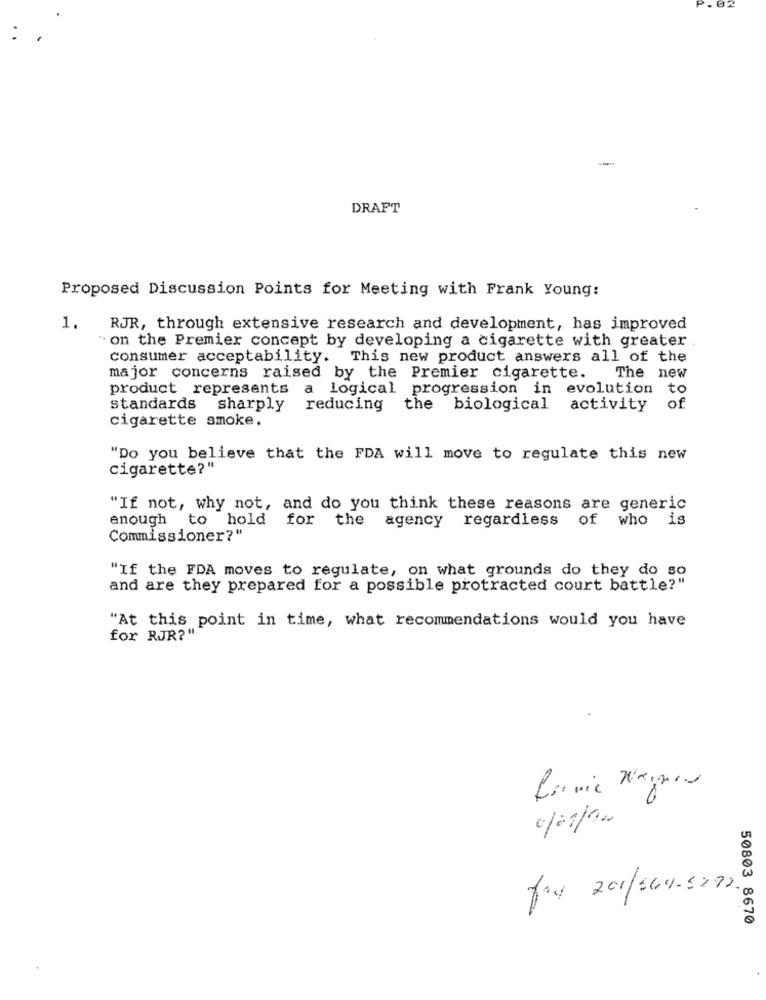
DRAFT
Proposed Discussion Points for Meeting with Frank Young:
1.
RJR, through extensive research and development, has improved
"on the Premier concept by developing a cigarette with greater .
consumer acceptability. This new product answers all of the
major concerns raised by the Premier cigarette.
The new
product represents a logical progression in evolution to
standards sharply reducing the biological activity
of
cigarette smoke.
"Do you believe that the FDA will move to regulate this new
cigarette?"
"If not, why not, and do you think these reasons are generic
enough to hold for the agency regardless of who is
Commissioner?"
"If the FDA moves to regulate, on what grounds do they do so
and are they prepared for a possible protracted court battle?"
"At this point in time, what recommendations would you have
for RJR?"
firmie Negen
0/08/200
Jay 201/544-5292.
50803 8670